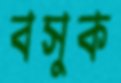
বসুক